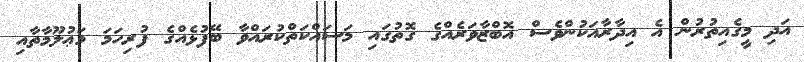
އަދި މީގެއިތުރުން އެ އިދާރާއަކުންވެސް އޮބްޒާވަރެއްގެ ގޮތުގައި މަސައްކަތްކުރައްވާ ބޭފުޅެއްގެ ފުރިހަމަ މަޢުލޫމާތާއި